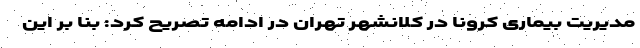
مدیریت بیماری کرونا در کلانشهر تهران در ادامه تصریح کرد: بنا بر این